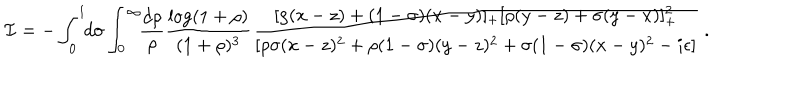
{ \cal I } = - \int _ { 0 } ^ { 1 } \! \! d \sigma \int _ { 0 } ^ { \infty } \! \! { \frac { d \rho } { \rho } } { \frac { \log ( 1 + \rho ) } { ( 1 + \rho ) ^ { 3 } } } { \frac { [ \rho ( x - z ) + ( 1 - \sigma ) ( x - y ) ] _ { + } [ \rho ( y - z ) + \sigma ( y - x ) ] _ { + } ^ { 2 } } { [ \rho \sigma ( x - z ) ^ { 2 } + \rho ( 1 - \sigma ) ( y - z ) ^ { 2 } + \sigma ( 1 - \sigma ) ( x - y ) ^ { 2 } - i \epsilon ] } } \ .